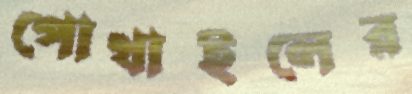
পোথাইলের